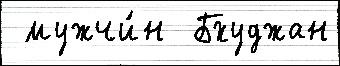
 мужчи́н  Бхуджан